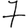
Digit: 7